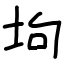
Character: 坸